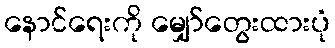
နောင်ရေးကို မျှော်တွေးထားပုံ